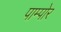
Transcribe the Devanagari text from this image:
पाम्पोर